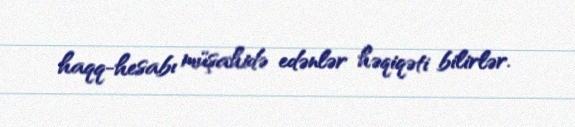
haqq-hesabı müşahidə edənlər həqiqəti bilirlər.